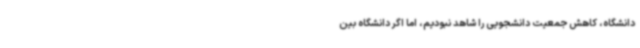
دانشگاه، کاهش جمعیت دانشجویی را شاهد نبودیم، اما اگر دانشگاه بین‌